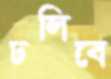
ঢলিবে